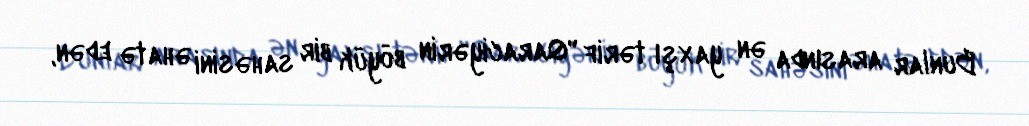
Bunlar arasında ən yaxşı tərif "Qaraciyərin böyük bir sahəsini əhatə edən,